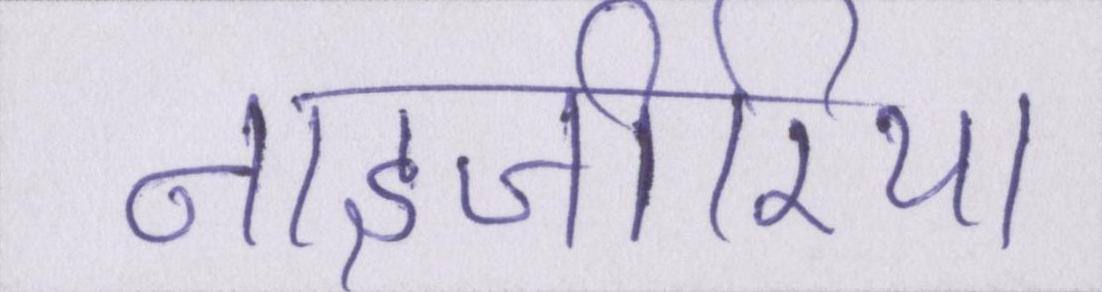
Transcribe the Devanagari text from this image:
नाइजीरिया